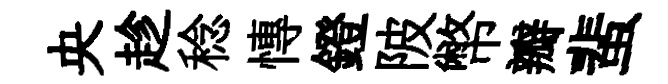
央趁稔慱鐙陂幣瓣蜚